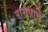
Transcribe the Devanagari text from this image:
रासपाचे